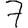
Digit: 7